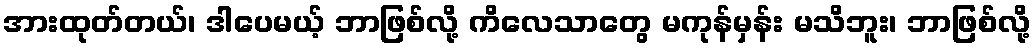
အားထုတ်တယ်၊ ဒါပေမယ့် ဘာဖြစ်လို့ ကိလေသာတွေ မကုန်မှန်း မသိဘူး၊ ဘာဖြစ်လို့